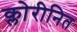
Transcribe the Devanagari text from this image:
क्लोरीनित